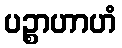
ပဉ္စာဟာဟံ